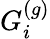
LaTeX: G_{i}^{(g)}